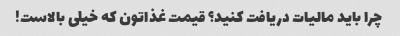
چرا باید مالیات دریافت کنید؟ قیمت غذاتون که خیلی بالاست!